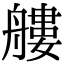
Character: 艛